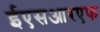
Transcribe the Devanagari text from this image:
ईएसआरएफ